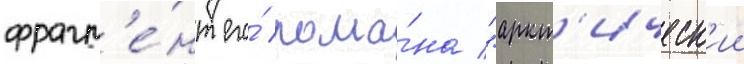
фрагм'е́нт его́ рома́на "аркт'ическ'ии